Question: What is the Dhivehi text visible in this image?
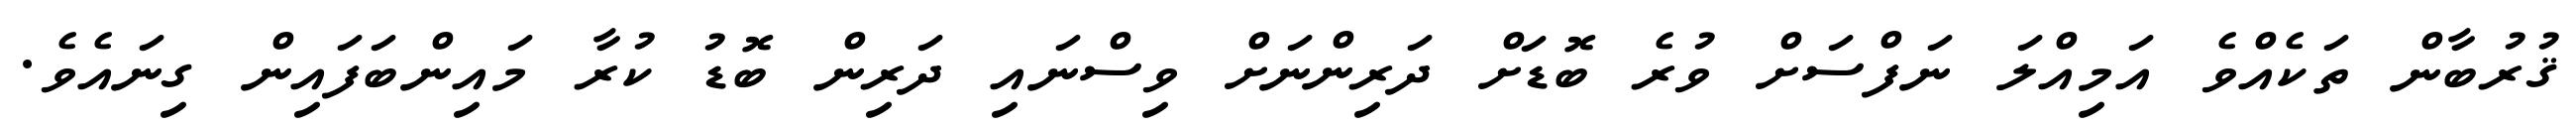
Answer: ޤުރުބާން ތަކެއްވެ އަމިއްލަ ނަފްސަށް ވުރެ ބޮޑަށް ދަރިންނަށް ވިސްނައި ދަރިން ބޮޑު ކުރާ މައިންބަފައިން ގިނައެވެ.